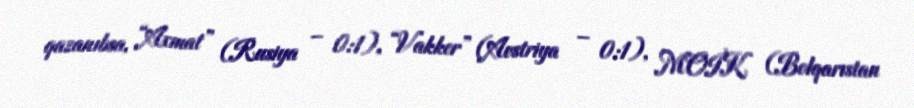
qazanıbsa, “Axmat” (Rusiya – 0:1), “Vakker” (Avstriya – 0:1), MOİK (Bolqarıstan